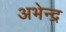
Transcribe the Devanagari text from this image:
अभेन्द्र